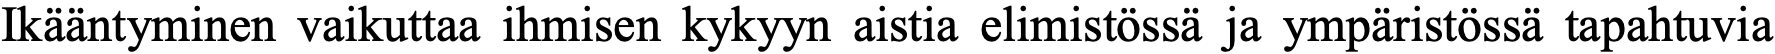
Ikääntyminen vaikuttaa ihmisen kykyyn aistia elimistössä ja ympäristössä tapahtuvia